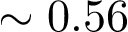
\sim 0 . 5 6